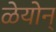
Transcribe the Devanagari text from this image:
ळेयोन्